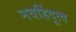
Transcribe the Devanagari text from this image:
नवहिंदूत्व